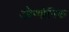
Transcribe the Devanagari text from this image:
औग्योगिक